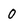
Character: 0